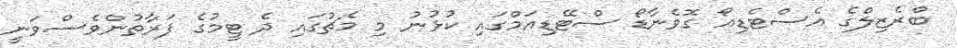
ބްރެޒިލްގެ އެސްޓެޑިއޯ ގޮވެނާޑޯ ސްޓޭޑިއަމްގައި ކުޅުނު މި މެޗުގައި ދެ ޓީމުގެ ފަރާތުންވެސްވަނީ